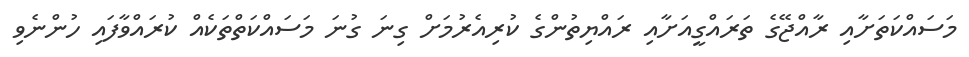
މަސައްކަތަށާއި ރާއްޖޭގެ ތަރައްގީއަށާއި ރައްޔިތުންގެ ކުރިއެރުމަށް ގިނަ ގުނަ މަސައްކަތްތަކެއް ކުރައްވާފައި ހުންނެވި